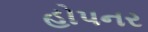
હોપનર